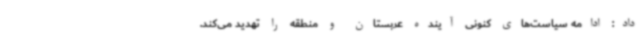
داد: ادامه سیاست‌های کنونی آینده عربستان و منطقه را تهدید می‌کند.